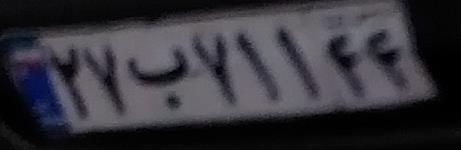
۲۷ب۷۱۱۴۴